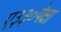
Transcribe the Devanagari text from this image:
ए३३०पेक्षा